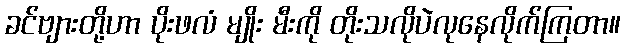
ခင်ဗျားတို့ဟာ ပိုးဖလံ မျိုး မီးကို တိုးသလိုပဲလုနေလိုက်ကြတာ။